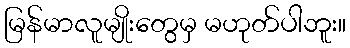
မြန်မာလူမျိုးတွေမှ မဟုတ်ပါဘူး။